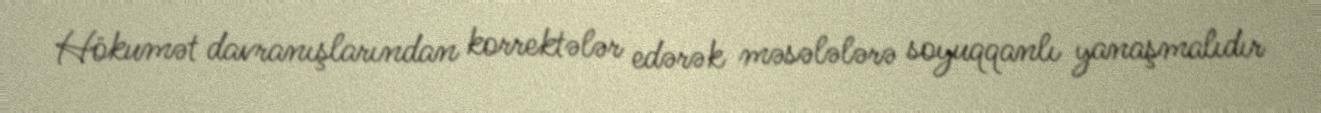
Hökumət davranışlarından korrektələr edərək məsələlərə soyuqqanlı yanaşmalıdır